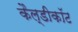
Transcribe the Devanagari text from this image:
कैल्डीकॉट